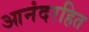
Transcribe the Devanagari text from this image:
आनंदरहित